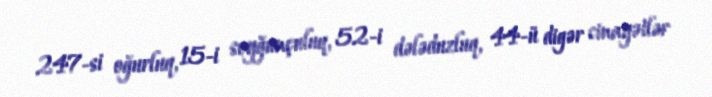
247-si oğurluq, 15-i soyğunçuluq, 52-i dələduzluq, 44-ü digər cinayətlər